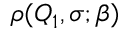
\rho ( Q _ { 1 } , \sigma ; \beta )